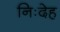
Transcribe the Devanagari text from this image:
निःदेह